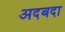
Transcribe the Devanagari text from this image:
अदबदा